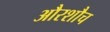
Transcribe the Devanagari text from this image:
औरशौच